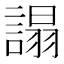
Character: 𧪦